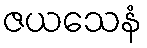
ဇယသေနံ